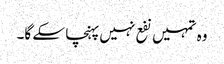
وہ تمہیں نفع نہیں پہنچا سکے گا۔